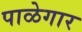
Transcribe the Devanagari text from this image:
पाळेगार